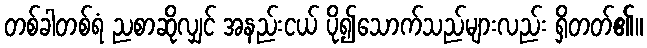
တစ်ခါတစ်ရံ ညစာဆိုလျှင် အနည်းငယ် ပို၍သောက်သည်များလည်း ရှိတတ်၏။